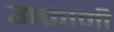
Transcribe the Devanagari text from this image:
उत्क्रामी